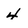
Character: 4